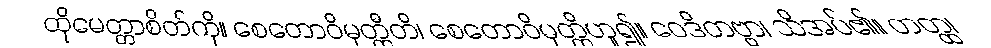
ထိုမေတ္တာစိတ်ကို။ စေတောဝိမုတ္တီတိ၊ စေတောဝိမုတ္တိဟူ၍။ ဝေဒိတဗ္ဗာ၊ သိအပ်၏။ တတ္ထ၊